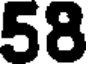
58